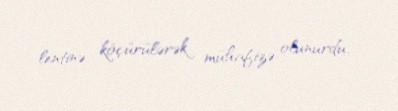
lentinə köçürülərək mühafizə olunurdu.